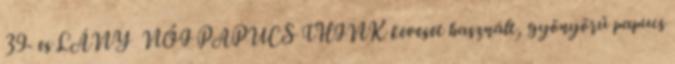
39- es LÁNY NŐI PAPUCS THINK keveset használt, gyönyörű papucs